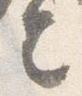
言